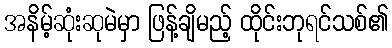
အနိမ့်ဆုံးဆုမဲမှာ ဖြန့်ချိမည့် ထိုင်းဘုရင်သစ်၏